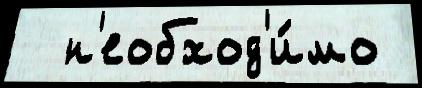
  н'еобход'и́мо